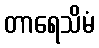
တာရေသိမံ